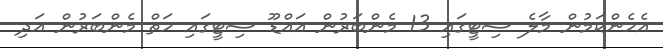
އެހެންކަމުން މާލެ ސިޓީގައި 13 މެންބަރުން އައްޑޫ ސިޓީގައި ހަތް މެންބަރުން އަދި